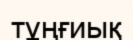
тұңғиық